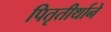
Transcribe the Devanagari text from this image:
पितृतीर्थाने